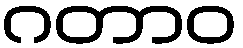
ဂတာဝ